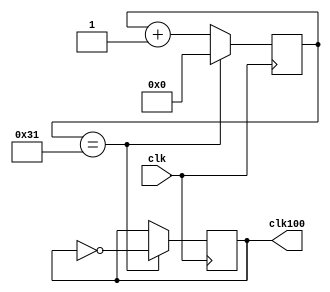
module clkdiv100(input wire clk, output reg clk100);
reg [5:0] count;
initial begin
	clk100<=0;
	count<=0;
end
always @(posedge clk) begin
	case(count) //verifico se o contador  49. 49 porque  necessrio um clock de 1Hz(ou seja, um perodo de 1s compostdo de clk100=1 quando tempo=0.5s e clk100=0 quando tempo=1s)
		6'b110001:begin count<=0; clk100<=clk100^1; end// clk100 == clk100 xor 1 (o comportamento  fazer o valor de clk100 ser '1' e depois '0'). O valor binrio  49(base10)
		default:count<=count+1;
	endcase
end
endmodule